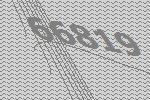
66819